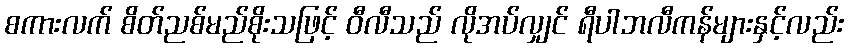
စကားလက် စိတ်ညစ်မည်စိုးသဖြင့် ဝီလီသည် လိုအပ်လျှင် ရီပါဘလီကန်များနှင့်လည်း